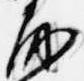
房